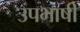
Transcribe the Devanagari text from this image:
उपभाषी